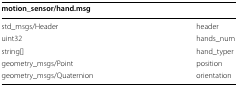
<table><thead><tr><td colspan="2"><b>motion_sensor/hand.msg</b></td></tr></thead><tbody><tr><td>std_msgs/Header</td><td>header</td></tr><tr><td>uint32</td><td>hands_num</td></tr><tr><td>string[]</td><td>hand_typer</td></tr><tr><td>geometry_msgs/Point</td><td>position</td></tr><tr><td>geometry_msgs/Quaternion</td><td>orientation</td></tr></tbody></table>